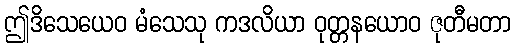
ဤဒိသေယေဝ မံသေသု ကဒလိယာ ဝုတ္တနယောဝ ဇုတီမတာ